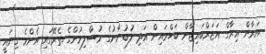
އަރާން އިރާގް އަޒަރްބައިޖާން ބަހްރައިން އަދި ލުބުނާނުގެ މުސްލިމުންގެ ތެރޭގައި އެންމެ ގިނައީ